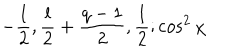
LaTeX: - { \frac { l } { 2 } } , { \frac { l } { 2 } } + { \frac { q - 1 } { 2 } } , { \frac { 1 } { 2 } } ; \cos ^ { 2 } \chi